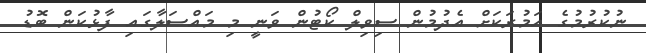
ނުކުރުމުގެ އަމުރަކަށް އެދުމުން ސިވިލް ކޯޓުން ވަނީ މި މައްސަލާގައި ފާޅުކަން ބޮޑު